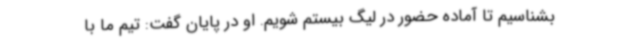
بشناسیم تا آماده حضور در لیگ بیستم شویم. او در پایان گفت: تیم ما با